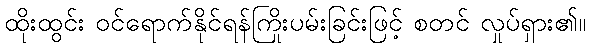
ထိုးထွင်း ဝင်ရောက်နိုင်ရန်ကြိုးပမ်းခြင်းဖြင့် စတင် လှုပ်ရှား၏။